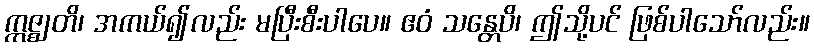
ဣဇ္ဈတိ၊ အကယ်၍လည်း မပြီးစီးပါပေ။ ဧဝံ သန္တေပိ၊ ဤသို့ပင် ဖြစ်ပါသော်လည်း။